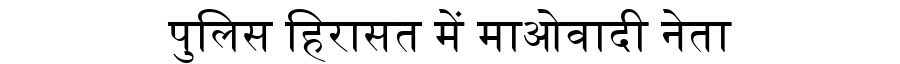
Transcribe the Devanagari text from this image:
पुलिस हिरासत में माओवादी नेता